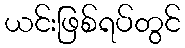
ယင်းဖြစ်ရပ်တွင်